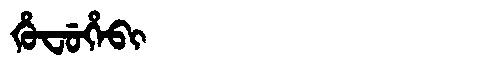
Manchu: ᡥᡠᠸᡠᡥᡝᠪᡳ
Romanization: HUFUHEBI